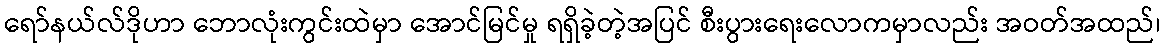
ရော်နယ်လ်ဒိုဟာ ဘောလုံးကွင်းထဲမှာ အောင်မြင်မှု ရရှိခဲ့တဲ့အပြင် စီးပွားရေးလောကမှာလည်း အဝတ်အထည်၊